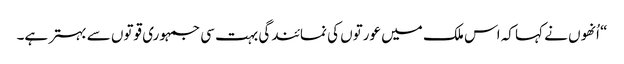
“ اُنھوں نے کہا کہ اس ملک میں عورتوں کی نمائندگی بہت سی جمہوری قوتوں سے بہتر ہے۔